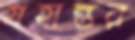
গ্রহান্তর